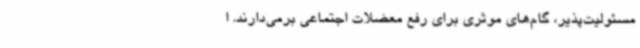
مسئولیت‌پذیر، گام‌های موثری برای رفع معضلات اجتماعی برمی‌دارند. ا